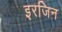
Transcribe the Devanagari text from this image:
इरजिन